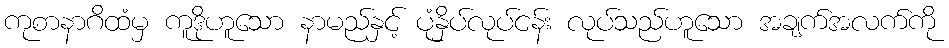
ကုစာနာဂိထံမှ ကူဒိုဟူသော နာမည်နှင့် ပုံနှိပ်လုပ်ငန်း လုပ်သည်ဟူသော အချက်အလက်ကို